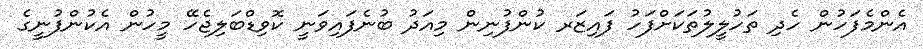
އެންމެފަހުން ހެދި ތަހުލީލުތަކަށްފަހު ފައިޒަރ ކުންފުނިން މިއަދު ބުނެފައިވަނީ ކޮވިޑްބަލިޖެހޭ މީހުން އެކުންފުނީގެ